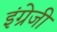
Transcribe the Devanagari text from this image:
इंग्रेजी